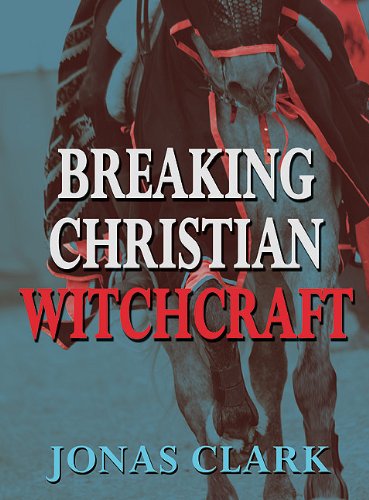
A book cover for Breaking Christian Witchcraft; Jonas Clark; Christian Books & Bibles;